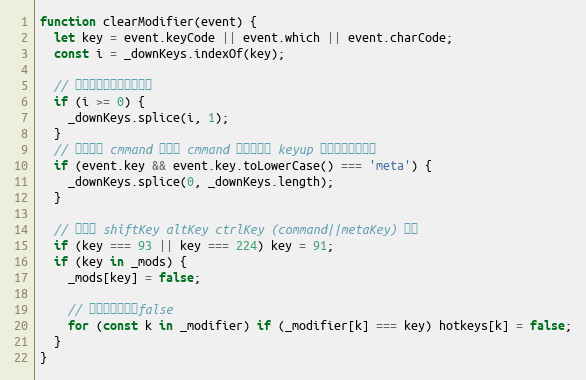
Language: JavaScript
function clearModifier(event) {
  let key = event.keyCode || event.which || event.charCode;
  const i = _downKeys.indexOf(key);

  // 从列表中清除按压过的键
  if (i >= 0) {
    _downKeys.splice(i, 1);
  }
  // 特殊处理 cmmand 键，在 cmmand 组合快捷键 keyup 只执行一次的问题
  if (event.key && event.key.toLowerCase() === 'meta') {
    _downKeys.splice(0, _downKeys.length);
  }

  // 修饰键 shiftKey altKey ctrlKey (command||metaKey) 清除
  if (key === 93 || key === 224) key = 91;
  if (key in _mods) {
    _mods[key] = false;

    // 将修饰键重置为false
    for (const k in _modifier) if (_modifier[k] === key) hotkeys[k] = false;
  }
}